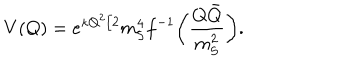
LaTeX: V ( Q ) = e ^ { \kappa Q ^ { 2 } / 2 } m _ { \mathrm { S } } ^ { 4 } f ^ { - 1 } \biggl ( \frac { Q \bar { Q } } { m _ { \mathrm { S } } ^ { 2 } } \biggr ) .